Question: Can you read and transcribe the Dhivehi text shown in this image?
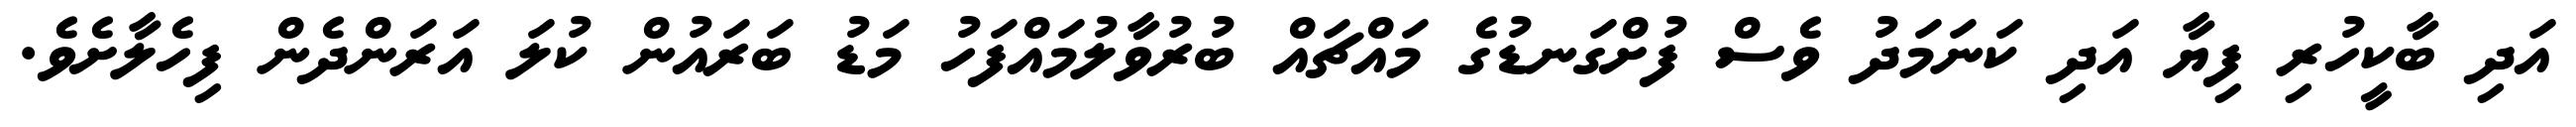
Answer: އަދި ބާކީހުރި ފިޔާ އަދި ކަނަމަދު ވެސް ފުށްގަނޑުގެ މައްޗައް ބުރުވާލުމައްފަހު މަޑު ބަރައުން ކުލަ އަރަންދެން ފިހެލާށެވެ.